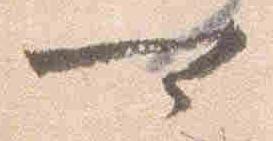
可